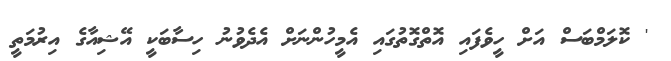
' ކޮލަމްބަސް އަށް ހީވެފައި އޮތްގޮތުގައި އެމީހުންނަށް އެދެވުނު ހިސާބަކީ އޭޝިއާގެ އިރުމަތީ